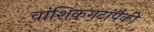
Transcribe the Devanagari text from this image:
वांशिकगटांपैकी